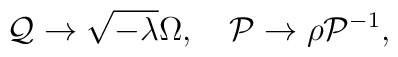
{\cal Q}\rightarrow \sqrt{-\lambda}\Omega,\quad {\cal P}\rightarrow \rho{\cal P}^{-1},